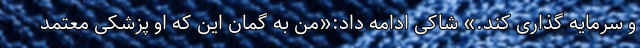
و سرمایه گذاری کند.» شاکی ادامه داد:«من به گمان این که او پزشکی معتمد